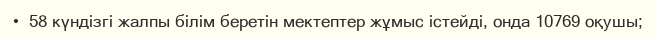
•  58 күндізгі жалпы білім беретін мектептер жұмыс істейді, онда 10769 оқушы;